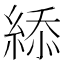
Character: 䋬